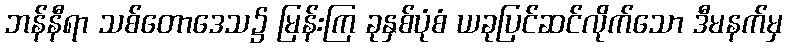
ဘန်နီရာ သစ်တောဒေသ၌ မြန်းကြ ခုနှစ်ပုံစံ ယခုပြင်ဆင်လိုက်သော ဒီမနက်မှ